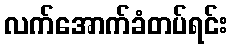
လက်အောက်ခံတပ်ရင်း